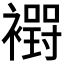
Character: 𮖸